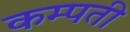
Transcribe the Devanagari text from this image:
कम्पती